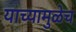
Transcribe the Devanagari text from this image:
याच्यामुळेच